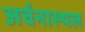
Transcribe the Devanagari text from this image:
अर्चनास्थल